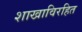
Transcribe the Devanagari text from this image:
शाखाविरहित